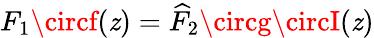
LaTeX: F_{1}\circf(\mathit{z})=\widehat{{F}}_{2}\circg\circI(\mathit{z})